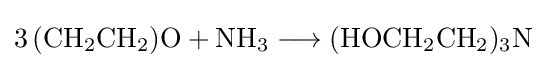
{3\,(\mathrm {CH} {\vphantom {A}}_{\smash[{t}]{2}}\mathrm {CH} {\vphantom {A}}_{\smash[{t}]{2}})\mathrm {O} {}+{}\mathrm {NH} {\vphantom {A}}_{\smash[{t}]{3}}{}\mathrel {\longrightarrow } {}(\mathrm {HOCH} {\vphantom {A}}_{\smash[{t}]{2}}\mathrm {CH} {\vphantom {A}}_{\smash[{t}]{2}}){\vphantom {A}}_{\smash[{t}]{3}}\mathrm {N} }